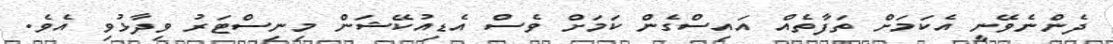
ދެންނެވޭނީ އެކަމަށް ތަފާތެއް އައިސްގެން ކަމަށް ވެސް އެޑިއުކޭޝަން މިނިސްޓަރު ވިދާޅުވި އެވެ.